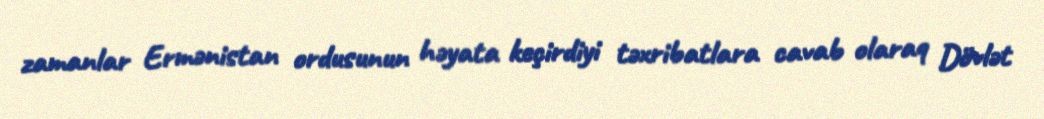
zamanlar Ermənistan ordusunun həyata keçirdiyi təxribatlara cavab olaraq Dövlət